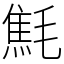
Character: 㲬